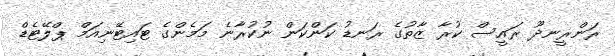
ރަންރީނދޫ ރައީސް ކުރާ ޒާތުގެ ރަނޑު ކަންކަން ނުކުރާނެ މަމެންގެ ޓައިޓޭނިއަމް ޕްލޭޓެޑް